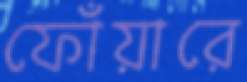
ফোঁয়ারে